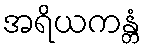
အရိယကန္တံ